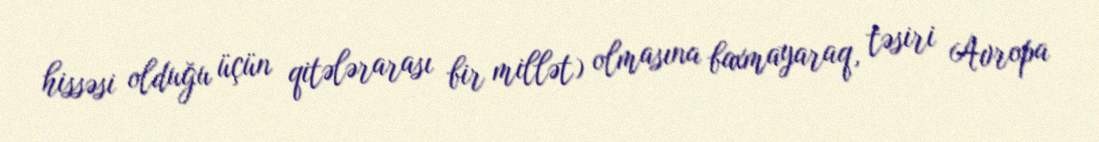
hissəsi olduğu üçün qitələrarası bir millət) olmasına baxmayaraq, təsiri Avropa